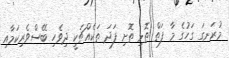
މުރަނގަ ގަހުގެ މާ ފަތް ތޮޅި ތޮށި ފަދަ ތަކެއްޗަކީ ދިވެހި ބޭސްވެރިކަމާއި